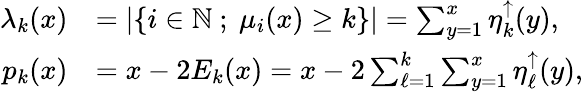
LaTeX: \begin{array}{rl}{\lambda_{k}(x)}&{=\left|\left\{ i\in{\mathbb{N}}\ ;\ \mu_{i}(x)\ge k\right\} \right|=\sum_{y=1}^{x}\eta_{k}^{\uparrow}(y),}\\ {p_{k}(x)}&{=x-2E_{k}(x)=x-2\sum_{\ell=1}^{k}\sum_{y=1}^{x}\eta_{\ell}^{\uparrow}(y),}\end{array}